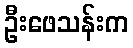
ဦးဖေသန်းက